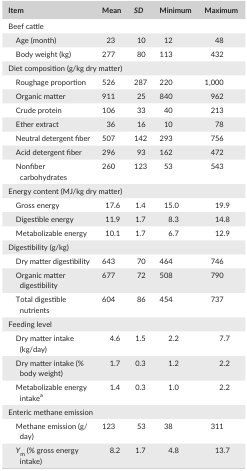
| Item | Mean | SD | Minimum | Maximum |
 | --- | --- | --- | --- | --- |
 | <COLSPAN=5> Beef cattle |
 | Age (month) | 23 | 10 | 12 | 48 |
 | Body weight (kg) | 277 | 80 | 113 | 432 |
 | <COLSPAN=5> Diet composition (g/kg dry matter) |
 | Roughage proportion | 526 | 287 | 220 | 1,000 |
 | Organic matter | 911 | 25 | 840 | 962 |
 | Crude protein | 106 | 33 | 40 | 213 |
 | Ether extract | 36 | 16 | 10 | 78 |
 | Neutral detergent fiber | 507 | 142 | 293 | 756 |
 | Acid detergent fiber | 296 | 93 | 162 | 472 |
 | Nonfiber carbohydrates | 260 | 123 | 53 | 543 |
 | <COLSPAN=5> Energy content (MJ/kg dry matter) |
 | Gross energy | 17.6 | 1.4 | 15.0 | 19.9 |
 | Digestible energy | 11.9 | 1.7 | 8.3 | 14.8 |
 | Metabolizable energy | 10.1 | 1.7 | 6.7 | 12.9 |
 | <COLSPAN=5> Digestibility (g/kg) |
 | Dry matter digestibility | 643 | 70 | 464 | 746 |
 | Organic matter digestibility | 677 | 72 | 508 | 790 |
 | Total digestible nutrients | 604 | 86 | 454 | 737 |
 | <COLSPAN=5> Feeding level |
 | Dry matter intake (kg/day) | 4.6 | 1.5 | 2.2 | 7.7 |
 | Dry matter intake (% body weight) | 1.7 | 0.3 | 1.2 | 2.2 |
 | Metabolizable energy intakea | 1.4 | 0.3 | 1.0 | 2.2 |
 | <COLSPAN=5> Enteric methane emission |
 | Methane emission (g/day) | 123 | 53 | 38 | 311 |
 | Ym (% gross energy intake) | 8.2 | 1.7 | 4.8 | 13.7 |